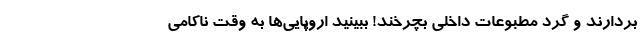
بردارند و گرد مطبوعات داخلی بچرخند! ببینید اروپایی‌ها به وقت ناکامی